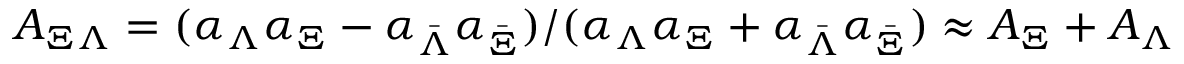
A _ { \Xi \Lambda } = ( \alpha _ { \Lambda } \alpha _ { \Xi } - \alpha _ { \bar { \Lambda } } \alpha _ { \bar { \Xi } } ) / ( \alpha _ { \Lambda } \alpha _ { \Xi } + \alpha _ { \bar { \Lambda } } \alpha _ { \bar { \Xi } } ) \approx A _ { \Xi } + A _ { \Lambda }